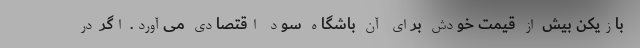
بازیکن بیش از قیمت خودش برای آن باشگاه سود اقتصادی می‌آورد. اگر در